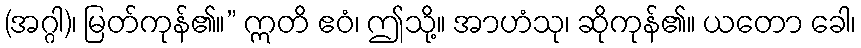
(အဂ္ဂါ)၊ မြတ်ကုန်၏။” ဣတိ ဧဝံ၊ ဤသို့။ အာဟံသု၊ ဆိုကုန်၏။ ယတော ခေါ၊